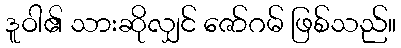
ဒူဝါ၏ သားဆိုလျှင် ဇော်ဂမ် ဖြစ်သည်။